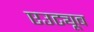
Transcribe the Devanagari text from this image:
एउट्यूब